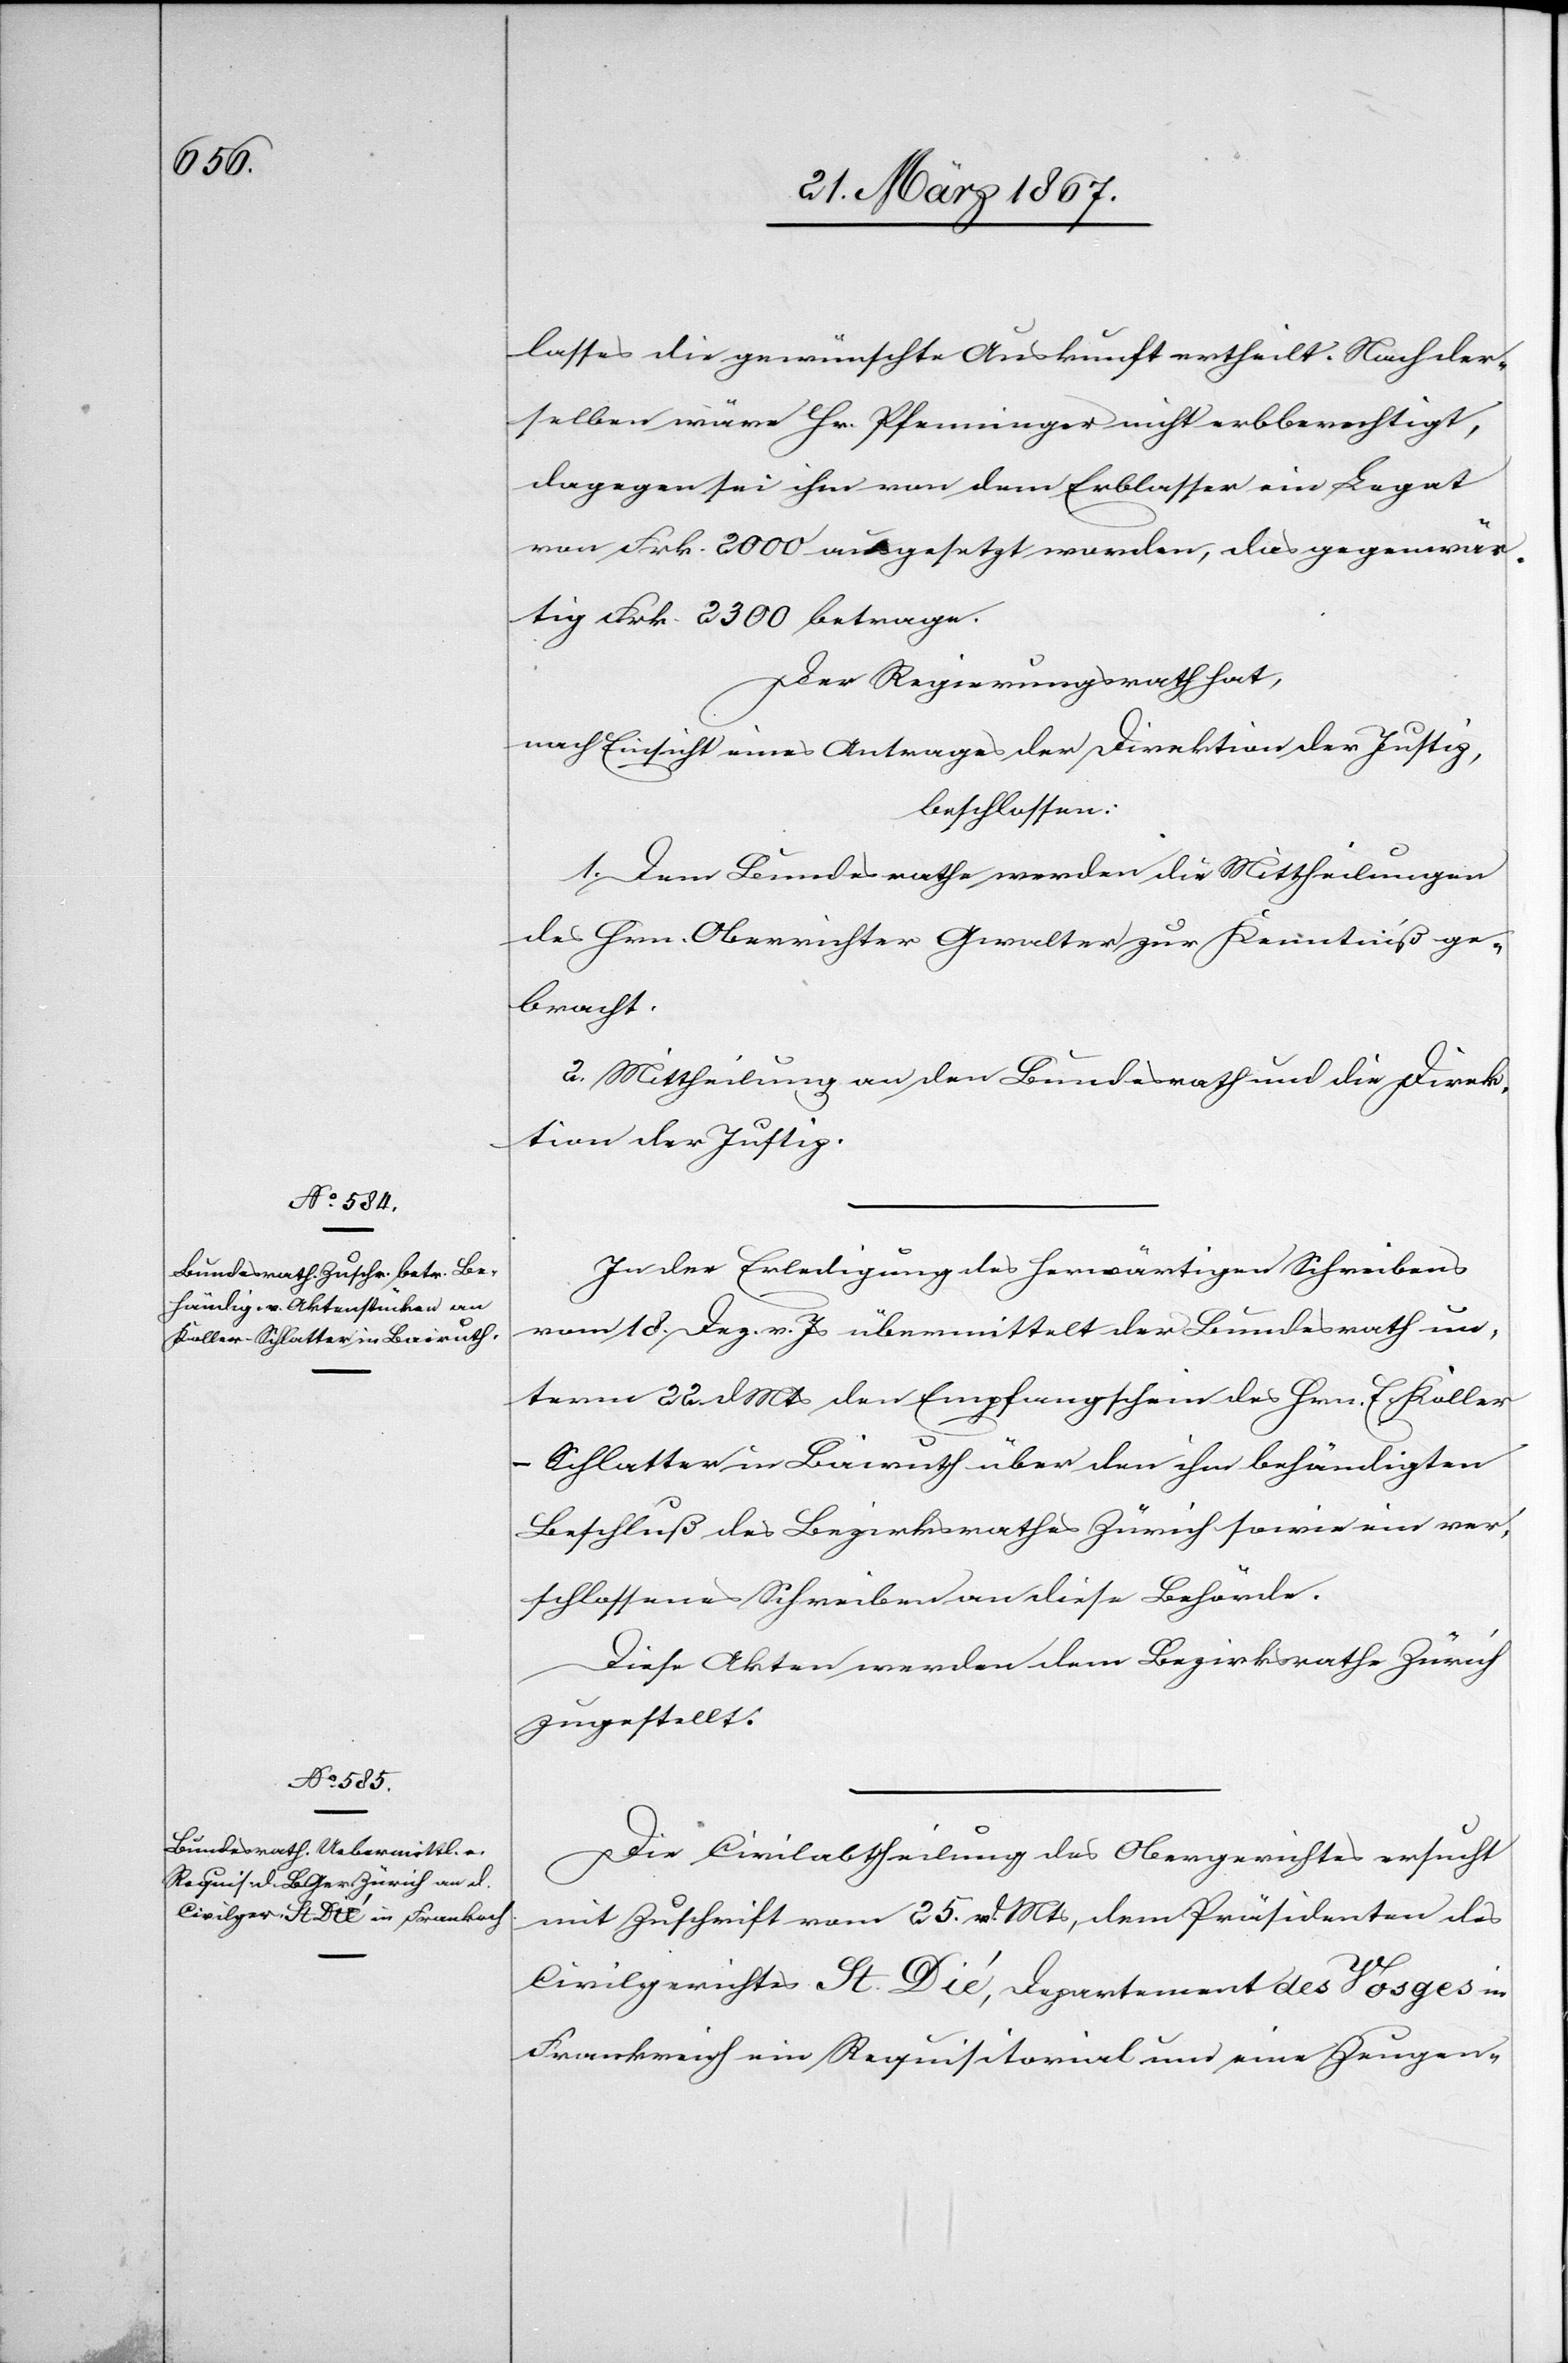
27. März 1867.]
lasses die gewünschte Auskunft ertheilt. Nach der¬
selben wäre Hr. Pfenninger nicht erbberechtigt,
dagegen sei ihm von dem Erblasser ein Legat
von Frk. 2000 ausgesetzt worden, das gegenwär¬
tig Frk. 2300 betrage.
Der Regierungsrath hat,
nach Einsicht eines Antrages der Direktion der Justiz,
beschlossen:
1. Dem Bundesrathe werden die Mittheilungen
des Hrn. Oberrichter Gewalter zur Kenntniß ge¬
bracht.
2. Mittheilung an den Bundesrath und die Direk¬
tion der Justiz.
In der Erledigung des herwärtigen Schreibens
vom 18. Dez. v. Js übermittelt der Bundesrath un¬
term 22. d. Mts den Empfangschein des Hrn. E. Kolle¬
r-Schlatter in Bairuth über den ihm behändigten
Beschluß des Bezirksrathes Zürich sowie ein ver¬
schlossenes Schreiben an diese Behörde.
Diese Akten werden dem Bezirksrathe Zürich
zugestellt.
Die Civilabtheilung des Obergerichtes ersucht
mit Zuschrift vom 25. v. Mts, dem Präsidenten des
Civilgerichtes St. Dié, Departement des Vosges in
Frankreich ein Requisitioral um eine Zeugen-